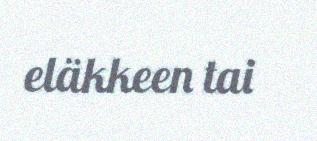
eläkkeen tai